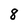
Character: 8